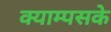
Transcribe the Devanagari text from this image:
क्याम्पसके